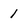
Character: 1